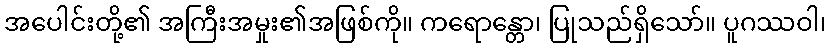
အပေါင်းတို့၏ အကြီးအမှုး၏အဖြစ်ကို။ ကရောန္တော၊ ပြုသည်ရှိသော်။ ပူဂဿဝါ၊